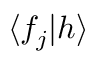
\langle f _ { j } | h \rangle